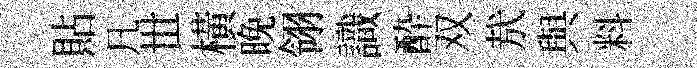
貼凡𠀍橫晚翎識酔双㢤與料